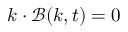
\boldsymbol { k } \cdot \boldsymbol { \mathcal { B } } ( \boldsymbol { k } , t ) = 0